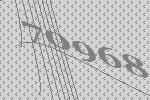
70968